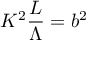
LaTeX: { \cal K } ^ { 2 } { \frac { \cal L } { \Lambda } } = b ^ { 2 }